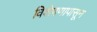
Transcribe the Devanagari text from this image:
विशेषणापासून